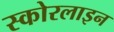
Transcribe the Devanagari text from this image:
स्कोरलाइन